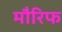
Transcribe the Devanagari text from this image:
मौरिफ